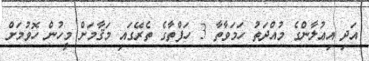
އަދި އިޢުލާންގެ މުއްދަތު ހަމަވާތާ 3 ހަފްތާގެ ތެރޭގައި މަޤާމަށް މީހުން ހޮވުމަށް